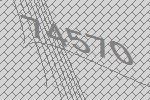
74570